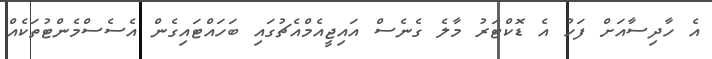
އެ ހާދިސާއަށް ފަހު އެ ޑޮކްޓަރު މާލެ ގެނެސް އައިޖީއެމްއެޗުގައި ބަހައްޓައިގެން އެސެސްމެންޓުތަކެއް